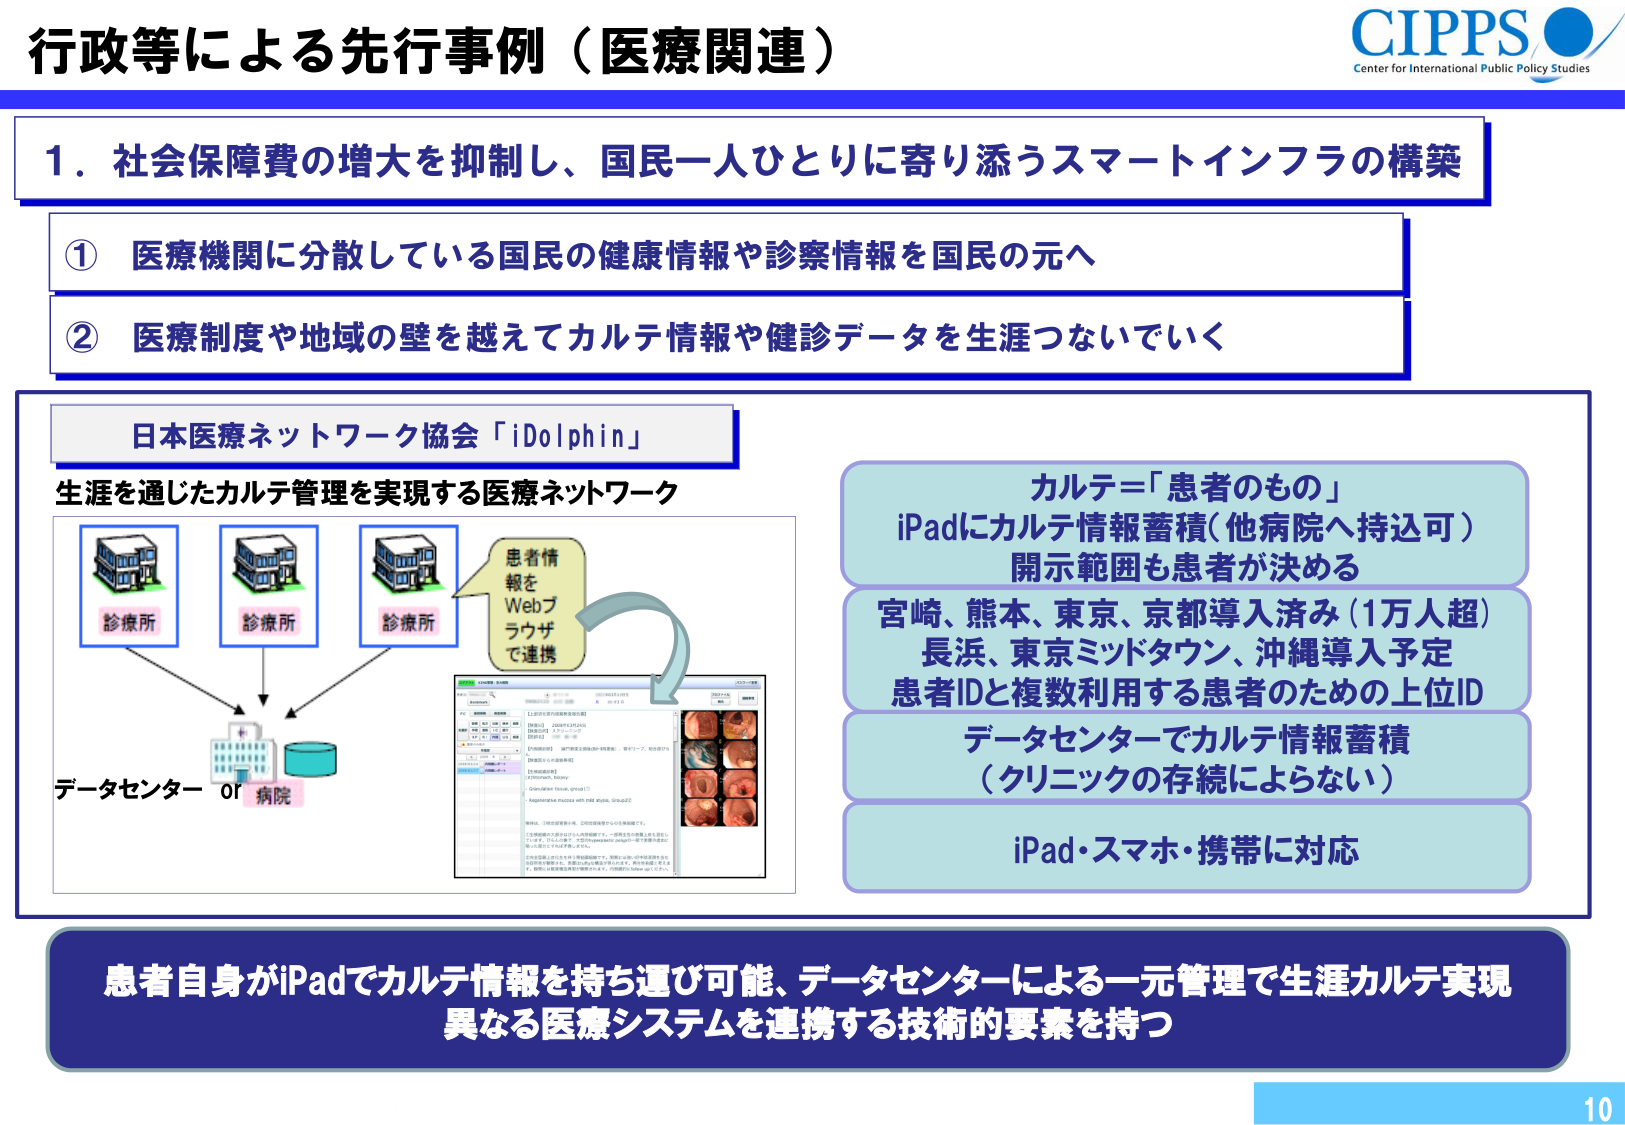
行政等による先行事例（医療関連）

CIPPS
Center for International Public Policy Studies

1．社会保障費の増大を抑制し、国民一人ひとりに寄り添うスマートインフラの構築

① 医療機関に分散している国民の健康情報や診察情報を国民の元へ
② 医療制度や地域の壁を越えてカルテ情報や健診データを生涯つないでいく

日本医療ネットワーク協会「iDolphin」
生涯を通じたカルテ管理を実現する医療ネットワーク

診療所
診療所
診療所
患者情報をWebブラウザで連携
データセンター or 病院

カルテ＝「患者のもの」
iPadにカルテ情報蓄積（他病院へ持込可）
開示範囲も患者が決める
宮崎、熊本、東京、京都導入済み（1万人超）
長浜、東京ミッドタウン、沖縄導入予定
患者IDと複数利用する患者のための上位ID
データセンターでカルテ情報蓄積
（クリニックの存続によらない）
iPad・スマホ・携帯に対応

患者自身がiPadでカルテ情報を持ち運び可能、データセンターによる一元管理で生涯カルテ実現
異なる医療システムを連携する技術的要素を持つ

10